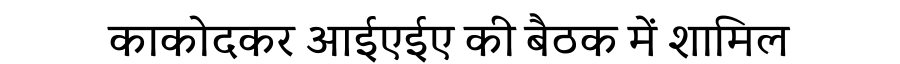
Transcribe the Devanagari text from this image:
काकोदकर आईएईए की बैठक में शामिल